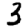
Digit: 3